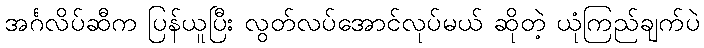
အင်္ဂလိပ်ဆီက ပြန်ယူပြီး လွတ်လပ်အောင်လုပ်မယ် ဆိုတဲ့ ယုံကြည်ချက်ပဲ